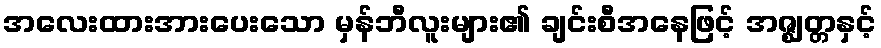
အလေးထားအားပေးသော မှန်ဘီလူးများ၏ ချင်းစီအနေဖြင့် အဇ္ဈတ္တနှင့်